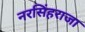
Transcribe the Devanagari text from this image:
नरसिंहराजा